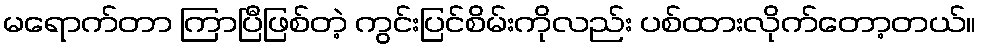
မရောက်တာ ကြာပြီဖြစ်တဲ့ ကွင်းပြင်စိမ်းကိုလည်း ပစ်ထားလိုက်တော့တယ်။